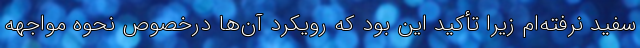
سفید نرفته‌ام زیرا تأکید این بود که رویکرد آن‌ها درخصوص نحوه مواجهه